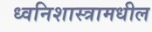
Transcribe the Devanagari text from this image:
ध्वनिशास्त्रामधील